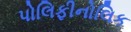
પોલિફીનોલિક